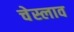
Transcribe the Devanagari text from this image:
चेस्लाव